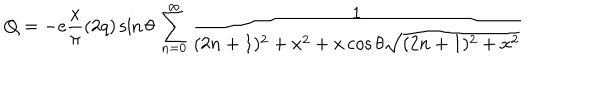
LaTeX: Q = - e \frac { x } { \pi } ( 2 q ) \sin \theta \, \sum _ { n = 0 } ^ { \infty } { \frac { 1 } { ( 2 n + 1 ) ^ { 2 } + x ^ { 2 } + x \cos \theta \sqrt { ( 2 n + 1 ) ^ { 2 } + x ^ { 2 } } } }